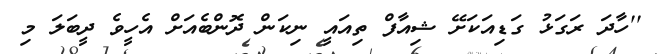
''ހާދަ ރަގަޅު ގަޑިއަކަށޭ ޝިއާފް ތިއައީ ނިކަން ދޮންބެއަށް އެހީވެ ދީބަލަ މި